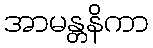
အာမန္တနိကာ